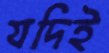
যদিই